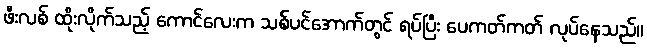
ဖီးလစ် ထိုးလိုက်သည့် ကောင်လေးက သစ်ပင်အောက်တွင် ရပ်ပြီး ပေကတ်ကတ် လုပ်နေသည်။